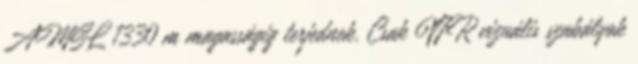
AMSL 1330 m magasságig terjednek. Csak VFR vizuális szabályok